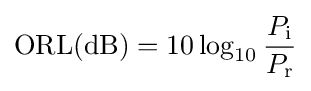
{\text{ORL}}({\text{dB}})=10\log _{10}{\frac {P_{\text{i}}}{P_{\text{r}}}}